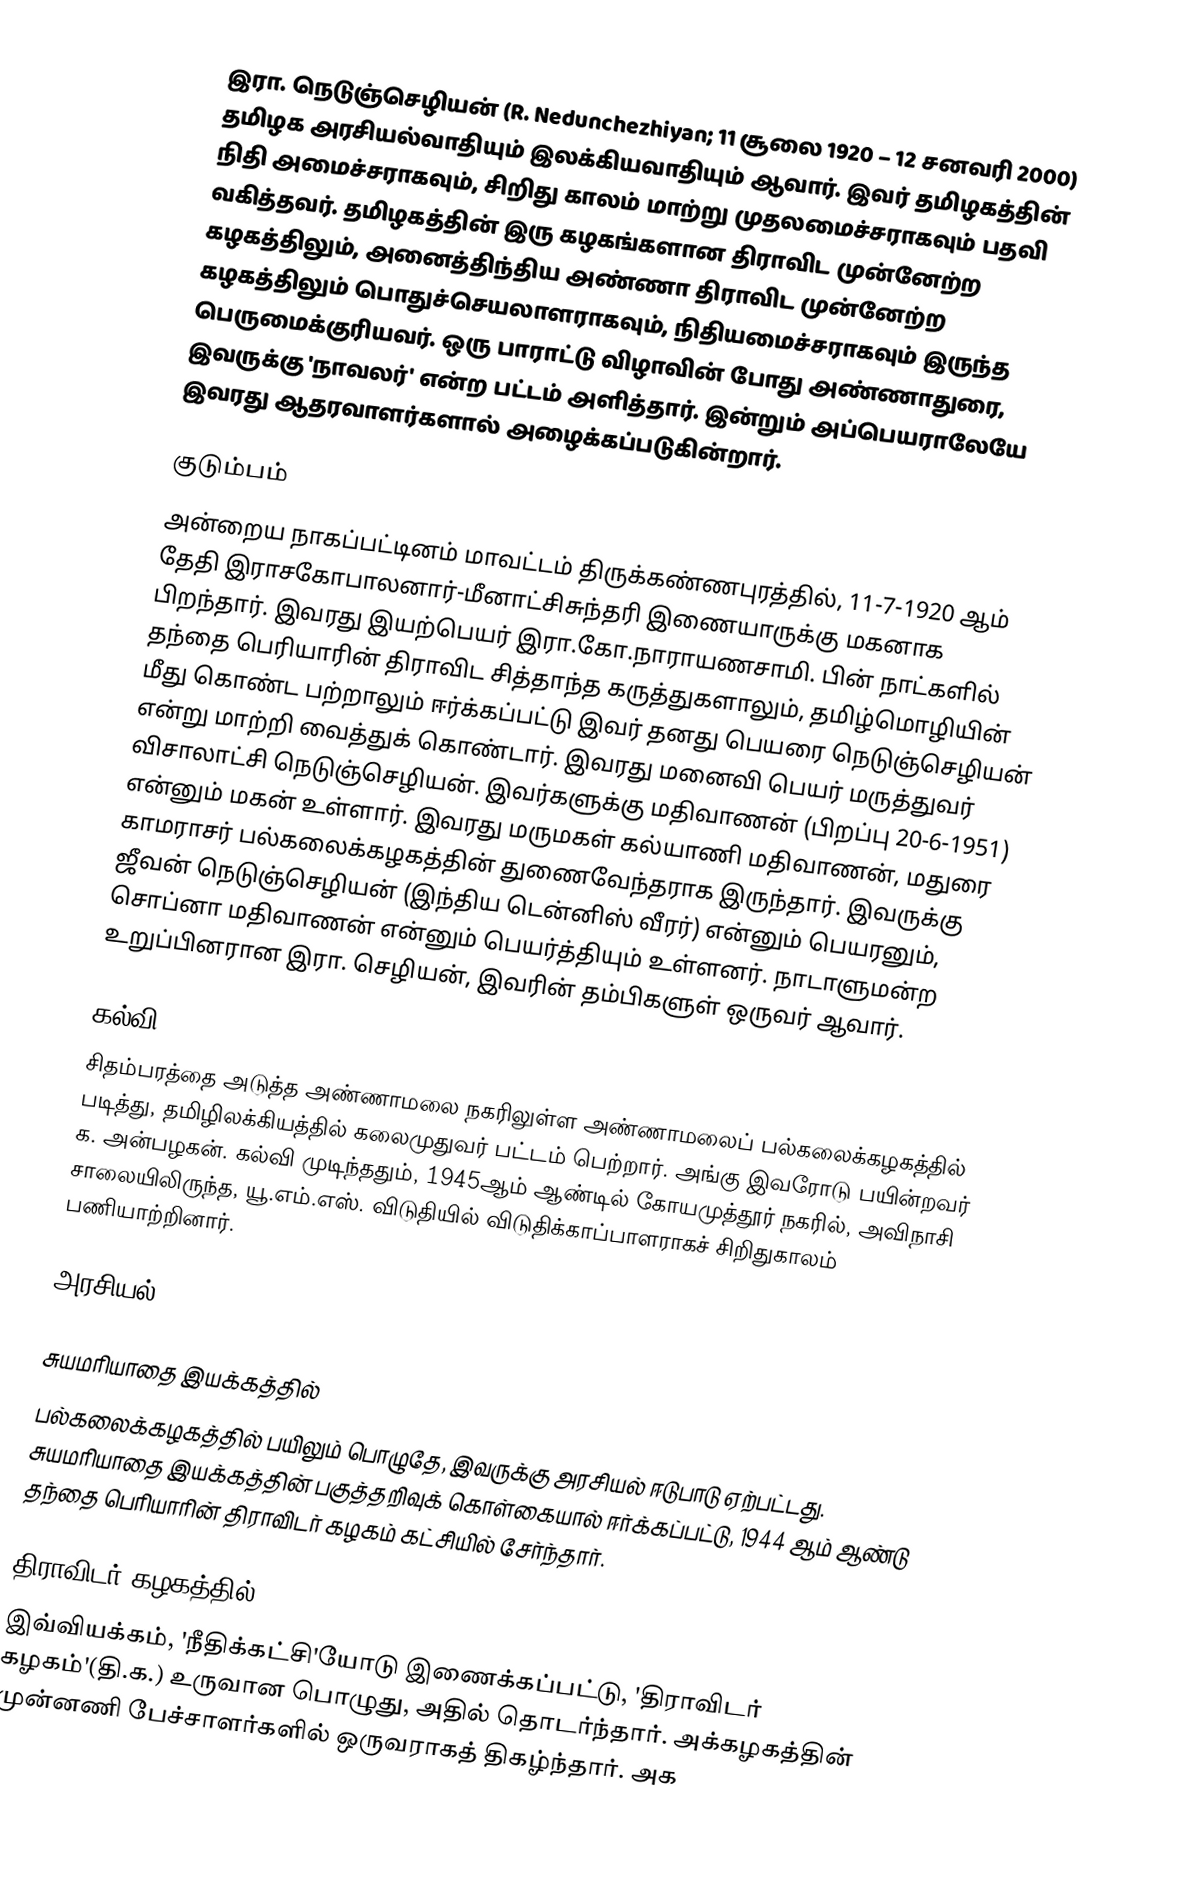
இரா. நெடுஞ்செழியன் (R. Nedunchezhiyan; 11 சூலை 1920 – 12 சனவரி 2000) தமிழக அரசியல்வாதியும் இலக்கியவாதியும் ஆவார். இவர் தமிழகத்தின் நிதி அமைச்சராகவும், சிறிது காலம் மாற்று முதலமைச்சராகவும் பதவி வகித்தவர். தமிழகத்தின் இரு கழகங்களான திராவிட முன்னேற்ற கழகத்திலும், அனைத்திந்திய அண்ணா திராவிட முன்னேற்ற கழகத்திலும் பொதுச்செயலாளராகவும், நிதியமைச்சராகவும் இருந்த பெருமைக்குரியவர். ஒரு பாராட்டு விழாவின் போது அண்ணாதுரை, இவருக்கு 'நாவலர்' என்ற பட்டம் அளித்தார். இன்றும் அப்பெயராலேயே இவரது ஆதரவாளர்களால் அழைக்கப்படுகின்றார்.

குடும்பம்
அன்றைய நாகப்பட்டினம் மாவட்டம் திருக்கண்ணபுரத்தில், 11-7-1920 ஆம் தேதி இராசகோபாலனார்-மீனாட்சிசுந்தரி இணையாருக்கு மகனாக பிறந்தார். இவரது இயற்பெயர் இரா.கோ.நாராயணசாமி. பின் நாட்களில் தந்தை பெரியாரின் திராவிட சித்தாந்த கருத்துகளாலும், தமிழ்மொழியின் மீது கொண்ட பற்றாலும் ஈர்க்கப்பட்டு இவர் தனது பெயரை நெடுஞ்செழியன் என்று மாற்றி வைத்துக் கொண்டார். இவரது மனைவி பெயர் மருத்துவர் விசாலாட்சி நெடுஞ்செழியன். இவர்களுக்கு மதிவாணன் (பிறப்பு 20-6-1951)  என்னும் மகன் உள்ளார். இவரது மருமகள் கல்யாணி மதிவாணன், மதுரை காமராசர் பல்கலைக்கழகத்தின் துணைவேந்தராக இருந்தார். இவருக்கு ஜீவன் நெடுஞ்செழியன் (இந்திய டென்னிஸ் வீரர்) என்னும் பெயரனும், சொப்னா மதிவாணன் என்னும் பெயர்த்தியும் உள்ளனர். நாடாளுமன்ற உறுப்பினரான இரா. செழியன், இவரின் தம்பிகளுள் ஒருவர் ஆவார்.

கல்வி
சிதம்பரத்தை அடுத்த அண்ணாமலை நகரிலுள்ள அண்ணாமலைப் பல்கலைக்கழகத்தில் படித்து, தமிழிலக்கியத்தில் கலைமுதுவர் பட்டம் பெற்றார். அங்கு இவரோடு பயின்றவர் க. அன்பழகன். கல்வி முடிந்ததும், 1945ஆம் ஆண்டில் கோயமுத்தூர் நகரில், அவிநாசி சாலையிலிருந்த, யூ.எம்.எஸ். விடுதியில் விடுதிக்காப்பாளராகச் சிறிதுகாலம் பணியாற்றினார்.

அரசியல்

சுயமரியாதை இயக்கத்தில்
பல்கலைக்கழகத்தில் பயிலும் பொழுதே, இவருக்கு அரசியல் ஈடுபாடு ஏற்பட்டது. சுயமரியாதை இயக்கத்தின் பகுத்தறிவுக் கொள்கையால் ஈர்க்கப்பட்டு, 1944 ஆம் ஆண்டு தந்தை பெரியாரின் திராவிடர் கழகம் கட்சியில் சேர்ந்தார்.

திராவிடர் கழகத்தில்
இவ்வியக்கம், 'நீதிக்கட்சி'யோடு இணைக்கப்பட்டு, 'திராவிடர் கழகம்'(தி.க.) உருவான பொழுது, அதில் தொடர்ந்தார். அக்கழகத்தின் முன்னணி பேச்சாளர்களில் ஒருவராகத் திகழ்ந்தார். அக